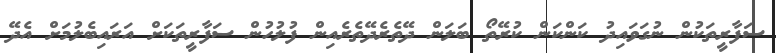
ސަފާރީތަކުން ނުގަވައިދު ކަންކަން ކުރޭތޯ ބަލަން ދޭތެރެދޭތެރެއިން ފުލުހުން ސަފާރީތަކަށް އަރައިބެލުމަށް އެދޭ